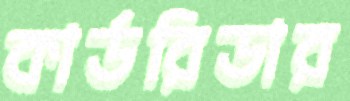
কার্ডরিডার